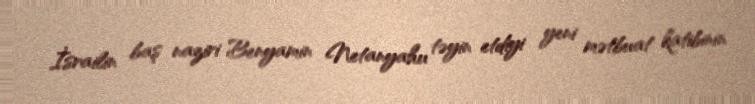
İsrailin baş naziri Benyamin Netanyahu təyin etdiyi yeni mətbuat katibinin